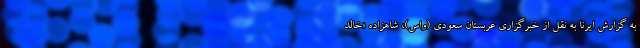
به گزارش ایرنا به نقل از خبرگزاری عربستان سعودی (واس)، شاهزاده «خالد